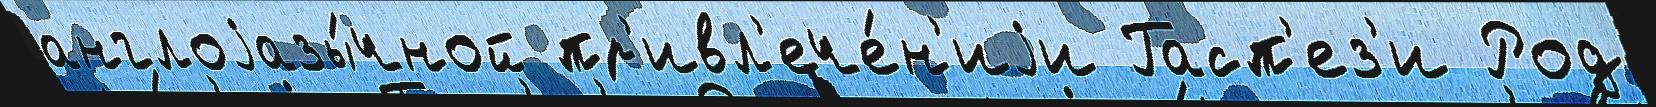
англоjазы́чной пр'ивл'ече́н'иjи Гасп'ез'и Род